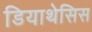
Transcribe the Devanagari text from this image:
डियाथेसिस